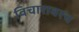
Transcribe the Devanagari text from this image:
विचारावरच